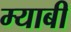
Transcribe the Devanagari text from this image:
म्याबी